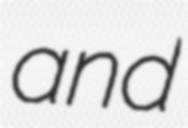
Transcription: and